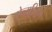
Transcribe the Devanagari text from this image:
ऐन्यूरिज़म